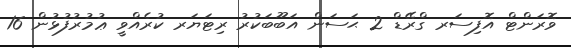
ވޮރަންޓް އޮފިސަރ ގްރޭޑް 2 ޙަސަން އަބޫބަކުރު ރިޓަޔަރ ކުރެއްވީ ޢުމުރުފުޅުން 16